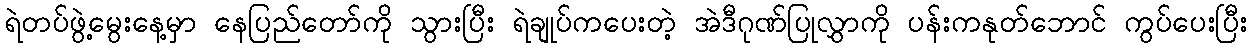
ရဲတပ်ဖွဲ့မွေးနေ့မှာ နေပြည်တော်ကို သွားပြီး ရဲချုပ်ကပေးတဲ့ အဲဒီဂုဏ်ပြုလွှာကို ပန်းကနုတ်ဘောင် ကွပ်ပေးပြီး